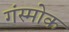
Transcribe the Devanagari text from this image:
गंस्मोक